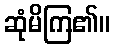
ဆုံမိကြ၏။